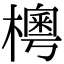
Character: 𣙾